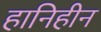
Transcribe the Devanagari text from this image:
हानिहीन